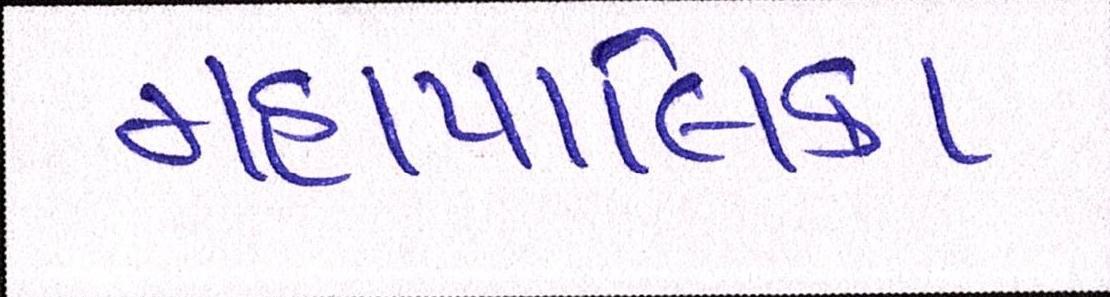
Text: મહાપાલિકા